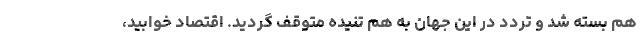
هم بسته شد و تردد در این جهان به هم تنیده متوقف گردید. اقتصاد خوابید،